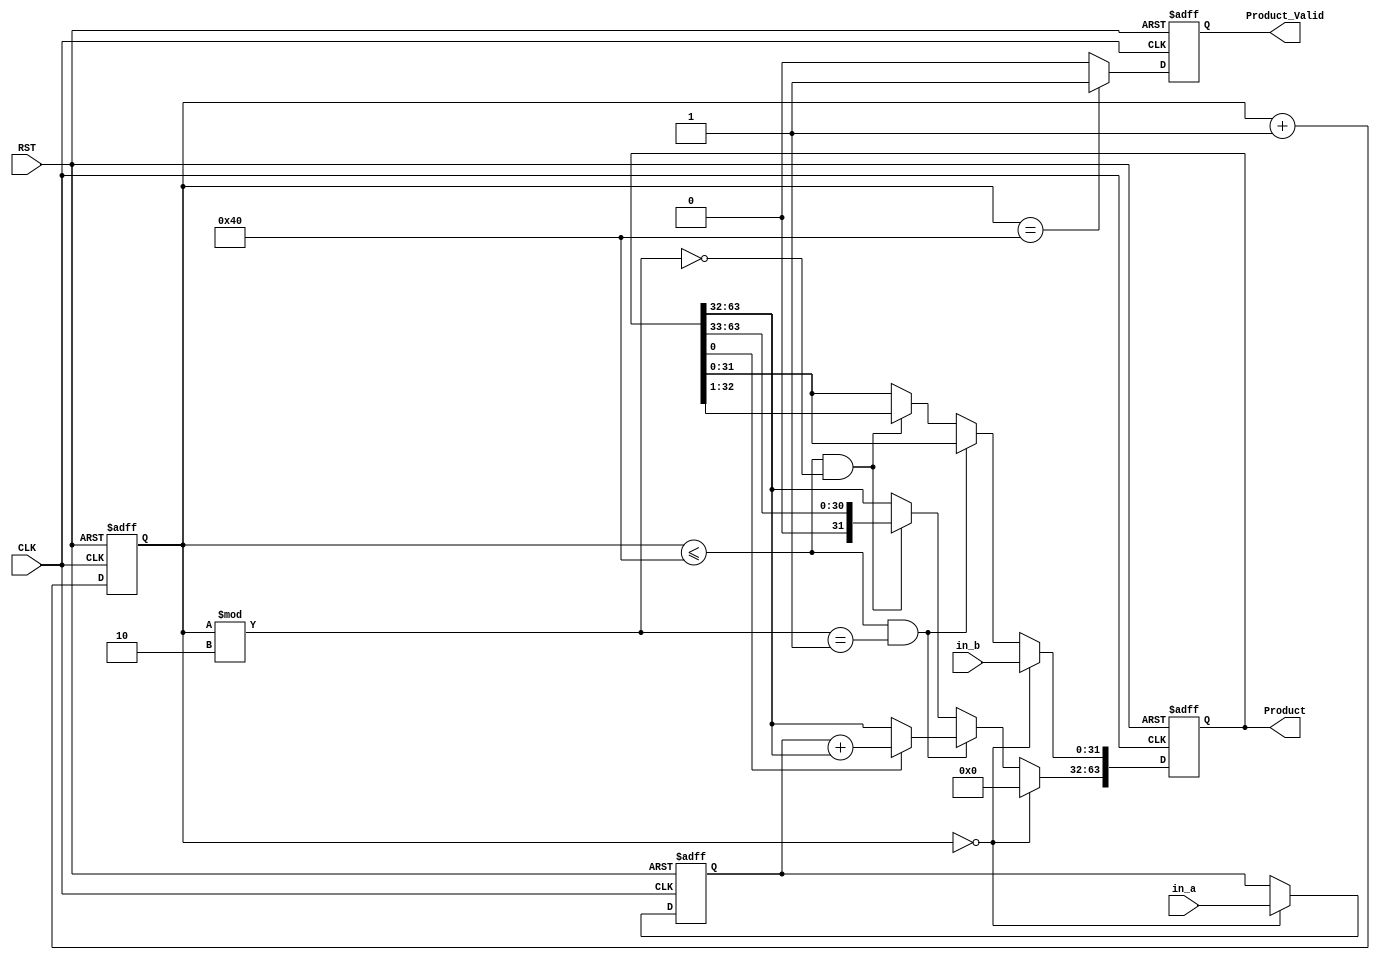
`timescale 1ns/1ps
module lab(CLK, RST, in_a, in_b, Product, Product_Valid);
input CLK, RST;
input [31:0] in_a;	// Multiplicand
input [31:0] in_b;  // Multiplier
output reg [63:0] Product;
output reg Product_Valid;

reg [31:0] Mplicand;
reg [7:0]	Counter ;
reg	sign;

//Counter
always @(posedge CLK or posedge RST)
begin
	if(RST)
		Counter <=7'b0;
	else
		Counter <= Counter +7'b1;
end

//Multiplier
always @(posedge CLK or posedge RST)
begin
	//
	if(RST) begin
		Product  <= 64'b0;
		Mplicand <= 32'b0;
	end 
	
	//
	else if(Counter == 7'd0) begin
		Mplicand <= in_a;
		Product <= {32'b0,in_b};
	end 
	
	//
	/* write down your design below */
	else if(Counter <=7'd64 && Counter%2==1) 
	begin
		if(Product[0] == 1'b1)	begin
			Product[63:32] <= Mplicand + Product[63:32];
		end
	end 

	else if(Counter <=7'd64 && Counter%2==0)
	begin
		Product <= Product >> 1'b1;
		//$display("%b",Product);
	end
	/* write down your design upon */
end

//
always @(posedge CLK or posedge RST)
begin
	if(RST)
		Product_Valid <=1'b0;
	else if(Counter==7'd64)
		Product_Valid <=1'b1;
	else
		Product_Valid <=1'b0;
end

endmodule